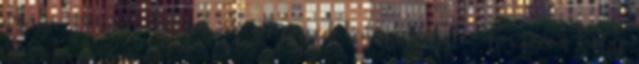
drága Margit Pontos az elemzésed, kedves László Köszönöm, hogy